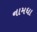
નામધા